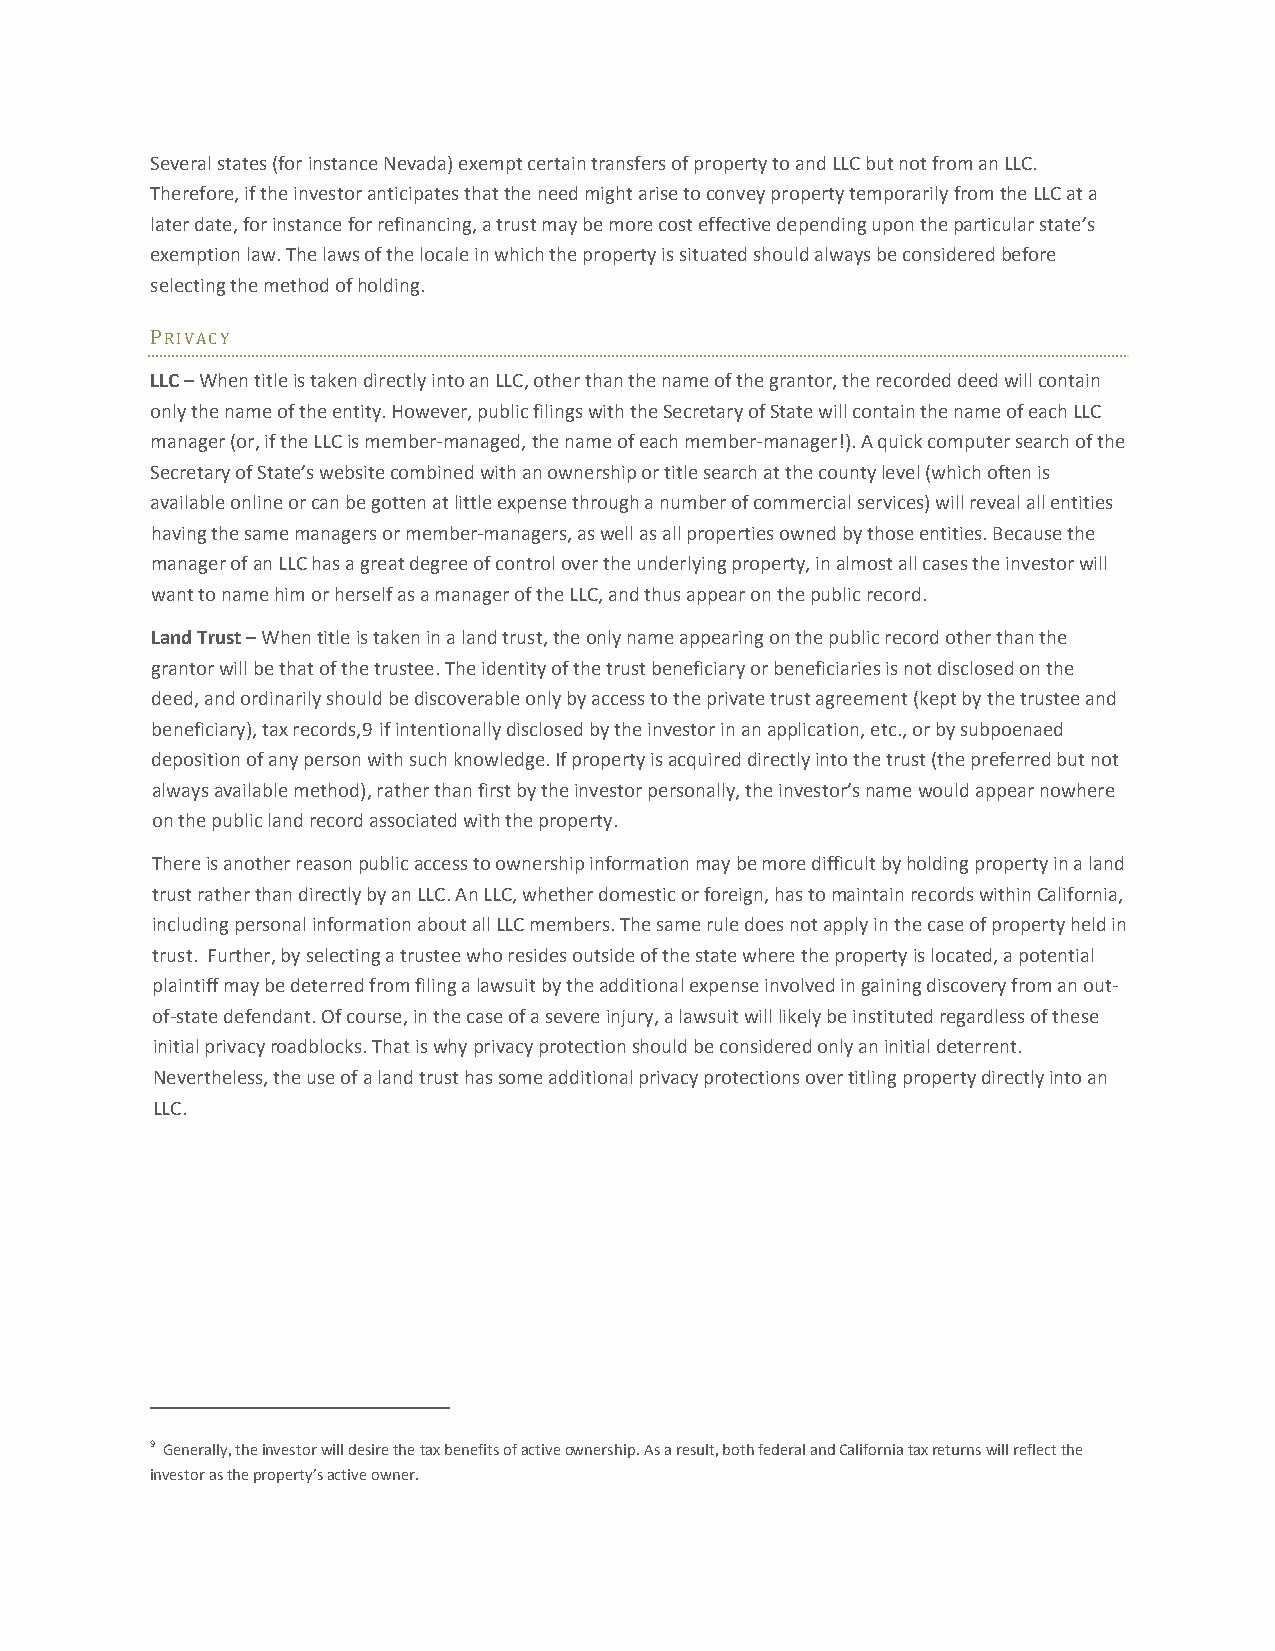
Several states (for instance Nevada) exempt certain transfers of property to and LLC but not from an LLC.
 Therefore, if the investor anticipates that the need might arise to convey property temporarily from the LLC at a
 later date, for instance for refinancing, a trust may be more cost effective depending upon the particular state’s
 exemption law. The laws of the locale in which the property is situated should always be considered before
 selecting the method of holding.
 PRIVACY
 LLC – When title is taken directly into an LLC, other than the name of the grantor, the recorded deed will contain
 only the name of the entity. However, public filings with the Secretary of State will contain the name of each LLC
 manager (or, if the LLC is member‐managed, the name of each member‐manager!). A quick computer search of the
 Secretary of State’s website combined with an ownership or title search at the county level (which often is
 available online or can be gotten at little expense through a number of commercial services) will reveal all entities
 having the same managers or member‐managers, as well as all properties owned by those entities. Because the
 manager of an LLC has a great degree of control over the underlying property, in almost all cases the investor will
 want to name him or herself as a manager of the LLC, and thus appear on the public record.
 Land Trust – When title is taken in a land trust, the only name appearing on the public record other than the
 grantor will be that of the trustee. The identity of the trust beneficiary or beneficiaries is not disclosed on the
 deed, and ordinarily should be discoverable only by access to the private trust agreement (kept by the trustee and
 beneficiary), tax records,9 if intentionally disclosed by the investor in an application, etc., or by subpoenaed
 deposition of any person with such knowledge. If property is acquired directly into the trust (the preferred but not
 always available method), rather than first by the investor personally, the investor’s name would appear nowhere
 on the public land record associated with the property.
 There is another reason public access to ownership information may be more difficult by holding property in a land
 trust rather than directly by an LLC. An LLC, whether domestic or foreign, has to maintain records within California,
 including personal information about all LLC members. The same rule does not apply in the case of property held in
 trust. Further, by selecting a trustee who resides outside of the state where the property is located, a potential
 plaintiff may be deterred from filing a lawsuit by the additional expense involved in gaining discovery from an out‐
 of‐state defendant. Of course, in the case of a severe injury, a lawsuit will likely be instituted regardless of these
 initial privacy roadblocks. That is why privacy protection should be considered only an initial deterrent.
 Nevertheless, the use of a land trust has some additional privacy protections over titling property directly into an
 LLC.
 9 Generally, the investor will desire the tax benefits of active ownership. As a result, both federal and California tax returns will reflect the
 investor as the property’s active owner.